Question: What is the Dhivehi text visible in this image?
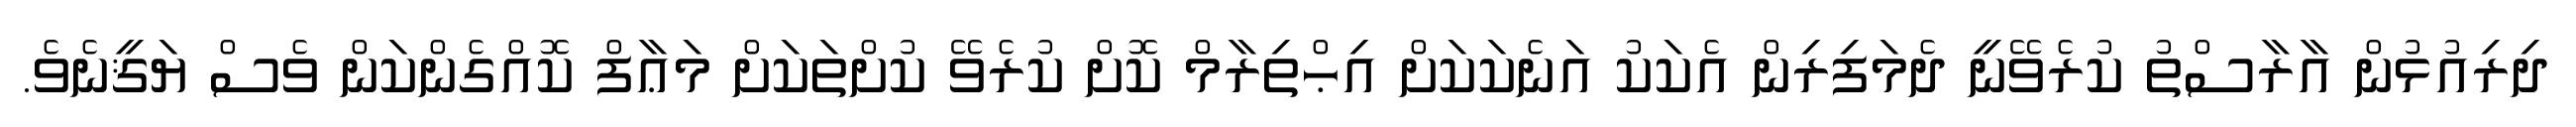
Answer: ދިރިއުޅުން އާރާސްތު ކުރެވޭނީ ދެމަފިރިން އެކަކު އަނެކަކަށް އިޙްތިރާމް ކޮށް ކުރެވޭ ކުށްތަކަށް މަޢާފް ކޮއްގެންކަން ވެސް ޔަޤީނެވެ.